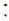
: